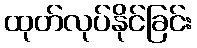
ထုတ်လုပ်နိုင်ခြင်း